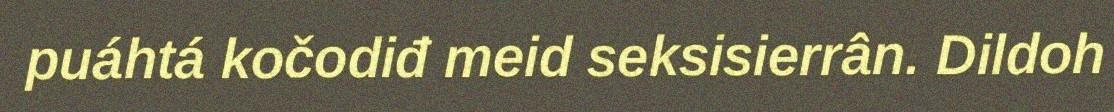
puáhtá kočodiđ meid seksisierrân. Dildoh